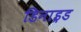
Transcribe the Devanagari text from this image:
डिनाइ़ड